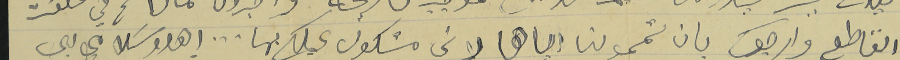
القاطع وارجوكم بان تممولنا اياها لاني متكول عيلكم بها... اهدو سَلامي الى